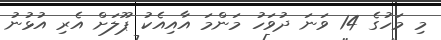
މި މަހުގެ 14 ވަނަ ދުވަހު މަންމަ އާއިއެކު ޕޫލަށް އެރި އުޅުނު